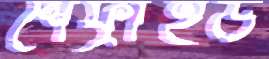
শেফ্রাইড